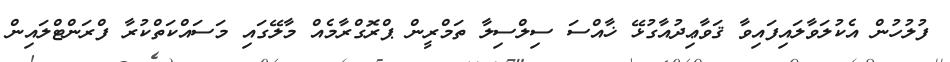
ފުލުހުން އެކުލަވާލައިފައިވާ ޤަވާޢިދުއާގުޅޭ ޚާއްސަ ސިލްސިލާ ތަމްރީން ޕްރޮގްރާމެއް މާލޭގައި މަސައްކަތްކުރާ ފްރަންޓްލައިން